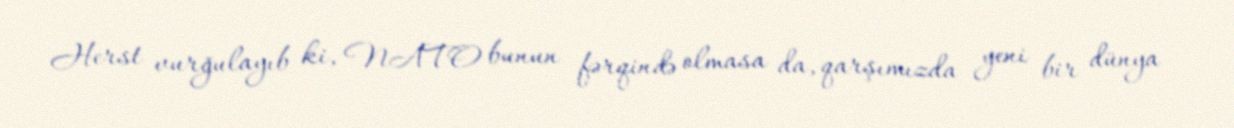
Herst vurğulayıb ki, NATO bunun fərqində olmasa da, qarşımızda yeni bir dünya